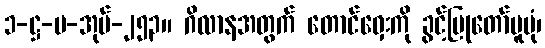
၁-ဋ္ဌ-ပ-အုပ်-၂၅၃။ ဂိလာနအတွက် တောင်ဝှေးကို ခွင့်ပြုတော်မူပုံ၊